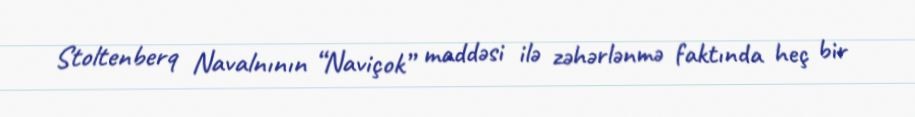
Stoltenberq Navalnının “Naviçok” maddəsi ilə zəhərlənmə faktında heç bir